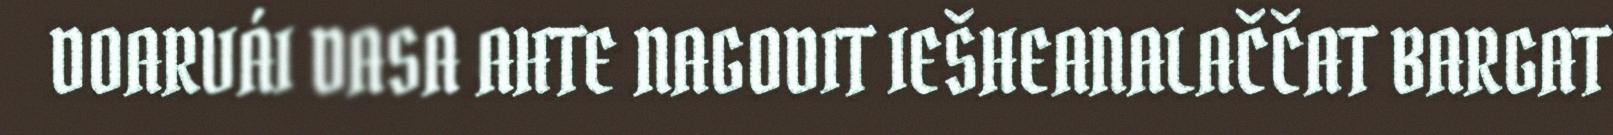
DOARVÁI DASA AHTE NAGODIT IEŠHEANALAČČAT BARGAT